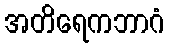
အတိရေကဘာဂံ